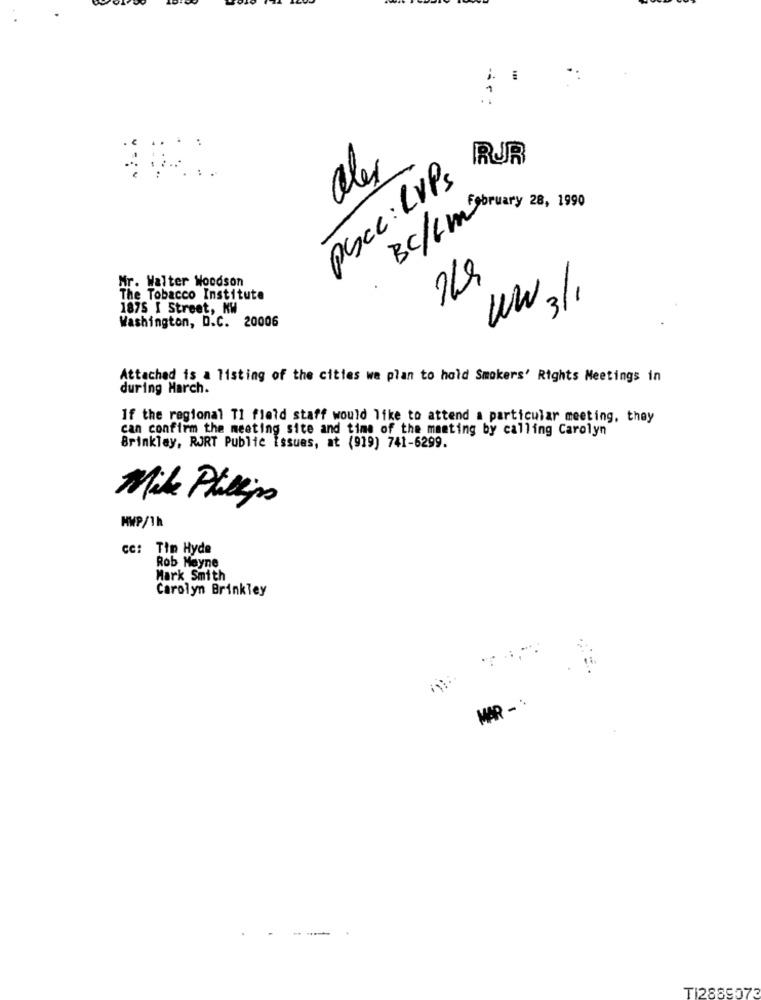
RUR
PScc: RUPS
alex
BC/Lm bruary 28, 1990
Mr. Walter Woodson
The Tobacco Institute
WW3/,
1875 I Street, NW
Washington, D.C. 20006
Attached is a listing of the cities we plan to hold Smokers' Rights Meetings in
during Harch.
If the regional TI fleld staff would like to attend a particular meeting, they
can confirm the meeting site and time of the mamting by calling Carolyn
Brinkley, RJRT Publie Issues, at (919) 741-6299.
Mike Phillips
MWP/1h
cc: Tin Hyde
Rob Mayne
Mark Smith
Carolyn Brinkley
MAR - :
--
TI2889573